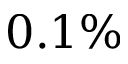
0 . 1 \%